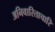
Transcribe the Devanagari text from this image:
अनिवारिताचारि